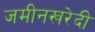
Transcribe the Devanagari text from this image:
जमीनखरेदी